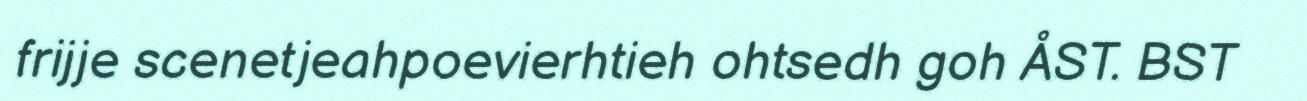
frijje scenetjeahpoevierhtieh ohtsedh goh ÅST. BST